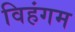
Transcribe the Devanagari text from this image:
विहंगम